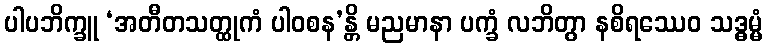
ပါပဘိက္ခူ ‘အတီတသတ္ထုကံ ပါဝစန’န္တိ မညမာနာ ပက္ခံ လဘိတွာ နစိရဿေဝ သဒ္ဓမ္မံ